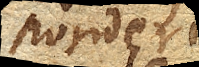
ponderis